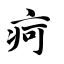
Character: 疴